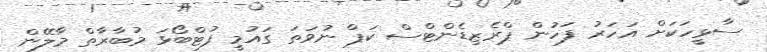
ސާޅީހަކަށް އަހަަރު ފަހުން ޕްރެޒިޑެންޓްސް ކަޕް ނުވަތަ ގައުމީ ފުޓްބޯޅަ މުބާރާތް މާލޭން